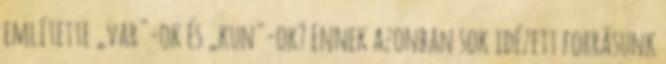
említette „var"-ok és „kun"-ok? Ennek azonban sok idézett forrásunk